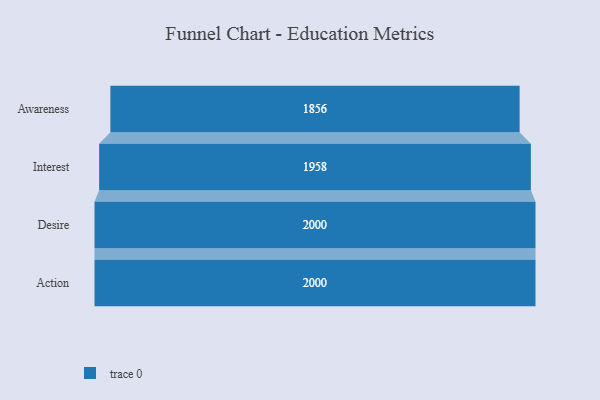
{"axis": {"x": "Stage", "y": "Value"}, "legend": [""], "data": [{"x": "Awareness", "y": 1856.0, "type": ""}, {"x": "Interest", "y": 1958.0, "type": ""}, {"x": "Desire", "y": 2000, "type": ""}, {"x": "Action", "y": 2000, "type": ""}]}